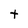
Character: t